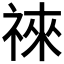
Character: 𥚒